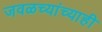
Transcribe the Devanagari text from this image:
जवळच्यांच्याही